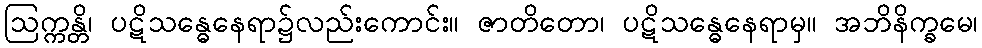
ဩက္ကန္တိ၊ ပဋိသန္ဓေနေရာ၌လည်းကောင်း။ ဇာတိတော၊ ပဋိသန္ဓေနေရာမှ။ အဘိနိက္ခမေ၊